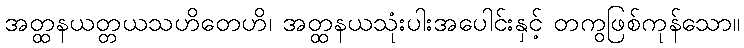
အတ္ထနယတ္တယသဟိတေဟိ၊ အတ္ထနယသုံးပါးအပေါင်းနှင့် တကွဖြစ်ကုန်သော။